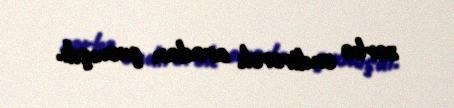
zərbə endirərək aradan çıxmışdı.